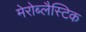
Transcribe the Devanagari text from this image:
मेरोब्लैस्टिक